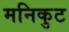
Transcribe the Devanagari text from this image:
मनिकुट